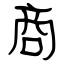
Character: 商